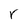
Character: r